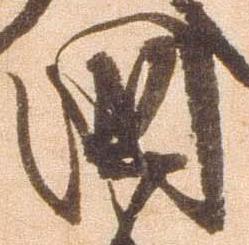
国